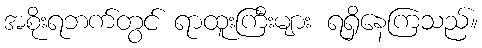
အစိုးရဘက်တွင် ရာထူးကြီးများ ရရှိနေကြသည်။